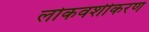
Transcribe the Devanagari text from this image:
लोकवशीकरण